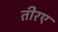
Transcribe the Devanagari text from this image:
तीरए